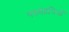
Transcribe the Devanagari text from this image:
पदसंहतियाँ